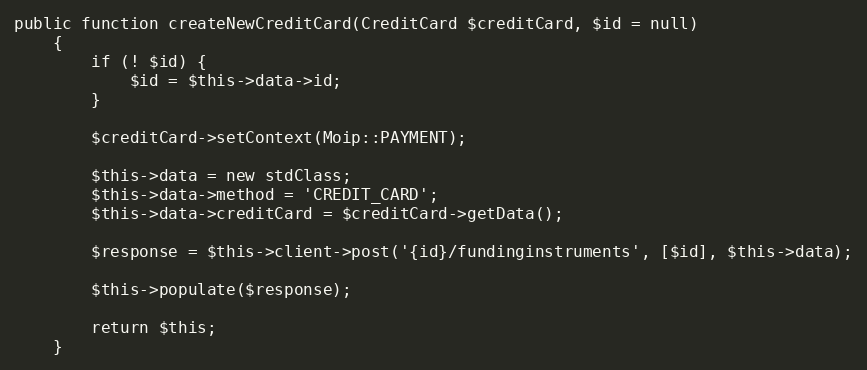
Language: PHP
public function createNewCreditCard(CreditCard $creditCard, $id = null)
    {
        if (! $id) {
            $id = $this->data->id;
        }

        $creditCard->setContext(Moip::PAYMENT);

        $this->data = new stdClass;
        $this->data->method = 'CREDIT_CARD';
        $this->data->creditCard = $creditCard->getData();

        $response = $this->client->post('{id}/fundinginstruments', [$id], $this->data);

        $this->populate($response);

        return $this;
    }